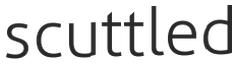
scuttled